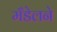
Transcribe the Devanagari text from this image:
मँडेलने